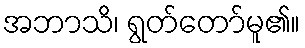
အဘာသိ၊ ရွတ်တော်မူ၏။